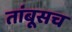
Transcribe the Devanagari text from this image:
तांबूसच